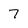
Character: 7